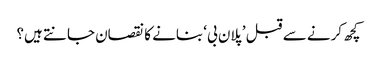
کچھ کرنے سے قبل ’پلان بی‘ بنانے کا نقصان جانتے ہیں؟